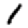
Digit: 1